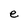
Character: e